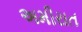
અમીરાત